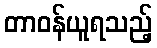
တာဝန်ယူရသည့်